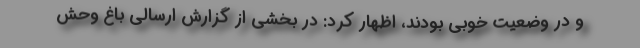
و در وضعیت خوبی بودند، اظهار کرد: در بخشی از گزارش ارسالی باغ وحش